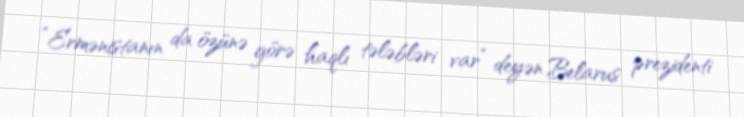
“Ermənistanın da özünə görə haqlı tələbləri var” deyən Belarus prezidenti